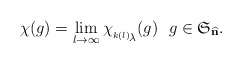
\begin{align*}\chi(g)=\lim_{l\to\infty}\chi_{_{^{k(l)}\!{\scriptstyle\lambda}}}(g)~~g\in\mathfrak{S}_{\widehat{\mathbf{n}}}.\end{align*}